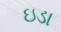
ઇડા